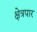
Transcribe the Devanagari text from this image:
क्षेत्रपार